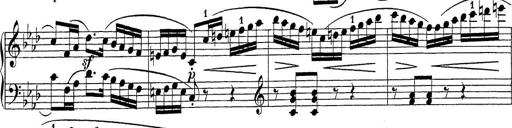
Title: Sonatina Album
Composer: Louis KÃ¶hler